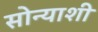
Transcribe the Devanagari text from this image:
सोन्याशी